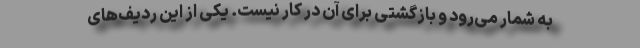
به‌ شمار می‌رود و بازگشتی برای آن در كار نیست. یكی از این ردیف‌های